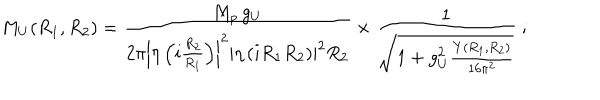
M _ { U } ( R _ { 1 } , R _ { 2 } ) = \frac { M _ { p } \, g _ { U } } { { 2 \pi } \left| \eta \left( i \frac { R _ { 2 } } { R _ { 1 } } \right) \right| ^ { 2 } \left| \eta \left( i R _ { 1 } R _ { 2 } \right) \right| ^ { 2 } R _ { 2 } } \times \frac { 1 } { \sqrt { 1 + g _ { U } ^ { 2 } \frac { Y ( R _ { 1 } , R _ { 2 } ) } { 1 6 \pi ^ { 2 } } } } \ ;